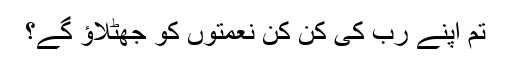
تم اپنے رب کی کن کن نعمتوں کو جھٹلاؤ گے؟